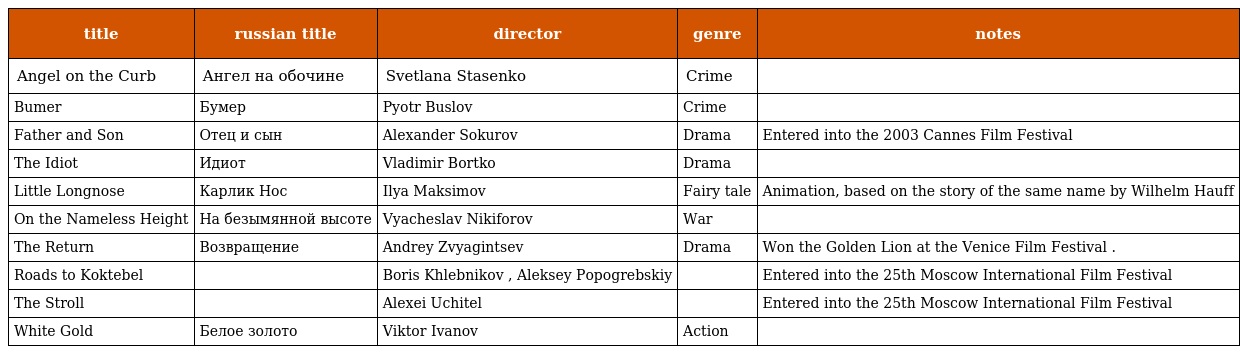
| title | russian title | director | genre | notes |
 | --- | --- | --- | --- | --- |
 | Angel on the Curb | Ангел на обочине | Svetlana Stasenko | Crime |  |
 | Bumer | Бумер | Pyotr Buslov | Crime |  |
 | Father and Son | Отец и сын | Alexander Sokurov | Drama | Entered into the 2003 Cannes Film Festival |
 | The Idiot | Идиот | Vladimir Bortko | Drama |  |
 | Little Longnose | Карлик Нос | Ilya Maksimov | Fairy tale | Animation, based on the story of the same name by Wilhelm Hauff |
 | On the Nameless Height | На безымянной высоте | Vyacheslav Nikiforov | War |  |
 | The Return | Возвращение | Andrey Zvyagintsev | Drama | Won the Golden Lion at the Venice Film Festival . |
 | Roads to Koktebel |  | Boris Khlebnikov , Aleksey Popogrebskiy |  | Entered into the 25th Moscow International Film Festival |
 | The Stroll |  | Alexei Uchitel |  | Entered into the 25th Moscow International Film Festival |
 | White Gold | Белое золото | Viktor Ivanov | Action |  |